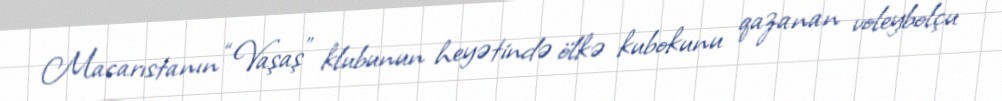
Macarıstanın “Vaşaş” klubunun heyətində ölkə kubokunu qazanan voleybolçu